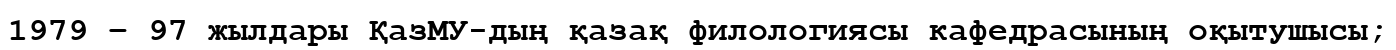
1979 – 97 жылдары ҚазМУ-дың қазақ филологиясы кафедрасының оқытушысы;